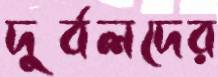
দুর্বলদের